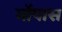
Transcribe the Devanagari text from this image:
मॉपास